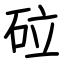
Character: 砬